Vaccination in Bombay 1889-1901 - 1889-1901
Year: 1889
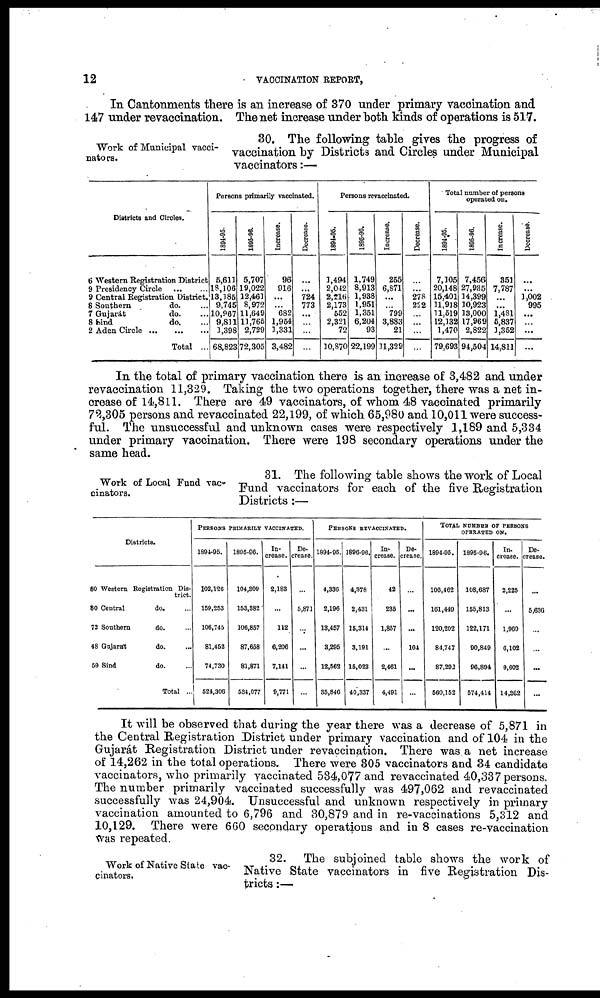
12
VACCINATION REPORT,
In Cantonments there is an increase of 370 under primary vaccination and
147 under revaccination. The net increase under both kinds of operations is 517.
Work of Municipal vacci¬
nators.
30. The following table gives the progress of
vaccination by Districts and Circles under Municipal
vaccinators:—
Districts and Circles.
6 Western Registration District
9 Presidency Circle ... ...
9 Central Registration District.
8 Southern
do. ...
7 Gujarát
do. ...
8 Sind
do. ...
2 Aden Circle
...
...
...
Total ...
Persons primarily vaccinated.
1894-95.
5,611
18,106
13,185
9,745
10,967
9,811
1,398
68,823
1895-96.
5,707
19,022
12,461
8,972
11,649
11,765
2,729
72,305
Increase.
96
916
...
...
682
1,964
1,331
3,482
Decrease.
...
...
724
773
...
...
...
...
Persons revaccinated.
1894-95.
1,494
2,042
2,216
2,173
552
2,321
72
10,870
1895-96.
1,749
8,913
1,938
1,951
1,351
6,204
93
22,199
Increase.
255
6,871
...
...
799
3,883
21
11,329
Decrease.
...
...
278
222
...
...
...
...
Total number of persons
operated on.
1894-95.
7,105
20,148
15,401
11,918
11,519
12,132
1,470
79,693
1895-96.
7,456
27,935
14,399
10,923
13,000
17,969
2,822
94,504
Increase.
351
7,787
...
...
1,481
5,837
1,352
14,811
Decrease.
...
...
1,002
995
...
...
...
...
In the total of primary vaccination there is an increase of 3,482 and under
revaccination 11,329. Taking the two operations together, there was a net in-
crease of 14,811. There are 49 vaccinators, of whom 48 vaccinated primarily
72,305 persons and revaccinated 22,199, of which 65,980 and 10,011 were success-
ful. The unsuccessful and unknown cases were respectively 1,189 and 5,334
under primary vaccination. There were 198 secondary operations under the
same head.
Work of Local Fund vac-
cinators.
31. The following table shows the work of Local
Fund vaccinators for each of the five Registration
Districts :—
Districts.
80 Western Registration Dis-
trict.
80 Central
do. ...
72 Southern
do. ...
48 Gujarát
do. ...
59 Sind
do. ...
Total ...
PERSONS PRIMARILY VACCINATED.
1894-95.
102,126
159,253
106,745
81,452
74,730
524,306
1895-96.
104,309
153,382
106,857
87,658
81,871
534,077
In-
crease.
2,183
...
112
6,206
7,141
9,771
De-
crease.
...
5,871
...
...
...
...
PERSONS REVACCINATED.
1894-95.
4,336
2,196
13,457
3,295
12,562
35,846
1896-96.
4,378
2,431
15,314
3,191
15,023
40,337
In-
crease.
42
235
1,857
...
2,461
4,491
De-
crease.
...
...
...
104
...
...
TOTAL NUMBER OF PERSONS
OPERATED ON.
1894-95.
106,462
161,449
120,202
84,747
87,292
560,152
1895-96.
108,687
155,813
122,171
90,849
96,894
574,414
In-
crease.
2,225
...
1,969
6,102
9,602
14,262
De-
crease.
...
5,636
...
...
...
...
It will be observed that during the year there was a decrease of 5,871 in
the Central Registration District under primary vaccination and of 104 in the
Gujarát Registration District under revaccination. There was a net increase
of 14,262 in the total operations. There were 305 vaccinators and 34 candidate
vaccinators, who primarily vaccinated 534,077 and revaccinated 40,337 persons.
The number primarily vaccinated successfully was 497,062 and revaccinated
successfully was 24,904. Unsuccessful and unknown respectively in primary
vaccination amounted to 6,796 and 30,879 and in re-vaccinations 5,312 and
10,129. There were 660 secondary operations and in 8 cases re-vaccination
was repeated.
Work of Native State vac-
cinators.
32. The subjoined table shows the work of
Native State vaccinators in five Registration Dis-
tricts :—